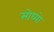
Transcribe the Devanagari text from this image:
सोध्यो